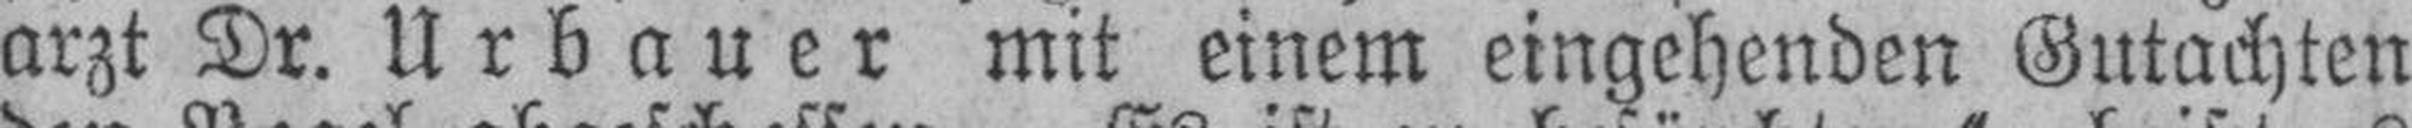
arzt Dr. Urbauer mit einem eingehenden Gutachten